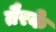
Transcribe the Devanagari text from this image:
तैरके